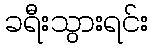
ခရီးသွားရင်း